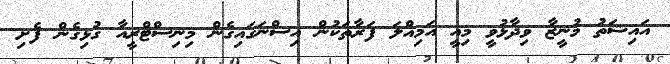
އައިޝަތު މުނީޒާ ވިދާޅުވީ މިއީ އަމިއްލަ ފަރާތަކުން އިސްނަގައިގެން މިނިސްޓްރީއާ ގުޅިގެން ފެށި